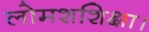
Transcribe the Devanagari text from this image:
लोमशशिक्षा।